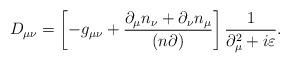
LaTeX: \begin{align*}D_{\mu \nu} = \left[ -g_{\mu \nu} + \frac{\partial_{\mu} n_{\nu} +\partial_{\nu} n_{\mu}}{(n \partial)} \right]\frac{1}{\partial^2_{\mu} + i \varepsilon}.\end{align*}